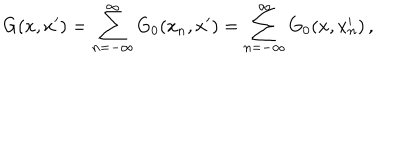
LaTeX: G ( x , x ^ { \prime } ) = \sum _ { n = - \infty } ^ { \infty } G _ { 0 } ( x _ { n } , x ^ { \prime } ) = \sum _ { n = - \infty } ^ { \infty } G _ { 0 } ( x , x _ { n } ^ { \prime } ) \, ,